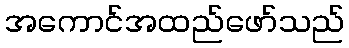
အကောင်အထည်ဖော်သည်